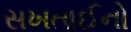
સખતાઈનો